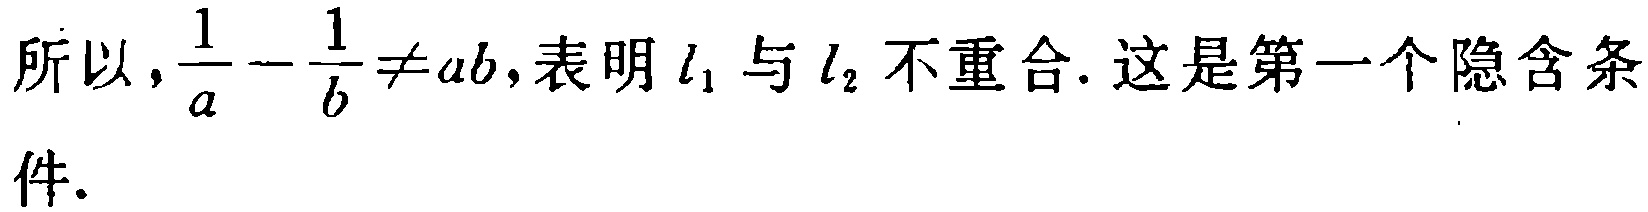
所以，\(\frac{1}{a}-\frac{1}{b}\neq ab\)，表明 \(l_1\) 与 \(l_2\) 不重合. 这是第一个隐含条件.